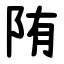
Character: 陏